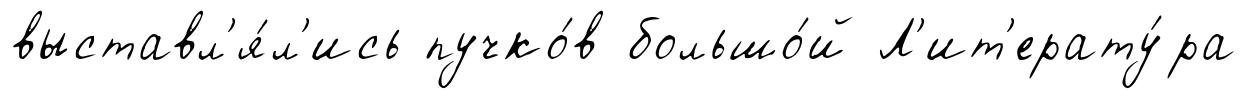
выставл'я́л'ись пучко́в большо́й Л'ит'ерату́ра